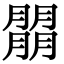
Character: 朤